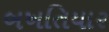
બખતિયાર